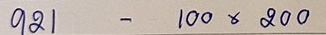
921 - 100 x 200